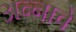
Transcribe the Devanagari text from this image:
अन्‍नाचे